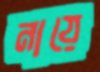
নায়ে